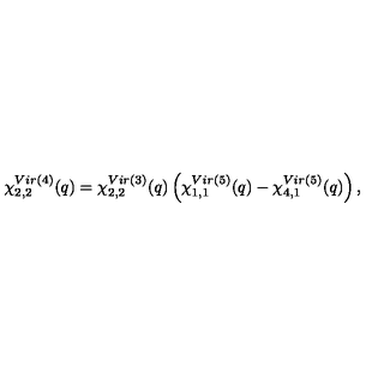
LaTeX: \chi _ { 2 , 2 } ^ { V i r ( 4 ) } ( q ) = \chi _ { 2 , 2 } ^ { V i r ( 3 ) } ( q ) { } \left( \chi _ { 1 , 1 } ^ { V i r ( 5 ) } ( q ) - \chi _ { 4 , 1 } ^ { V i r ( 5 ) } ( q ) \right) ,